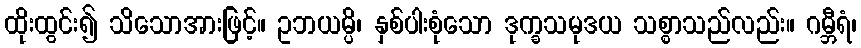
ထိုးထွင်း၍ သိသောအားဖြင့်။ ဥဘယမ္ပိ၊ နှစ်ပါးစုံသော ဒုက္ခသမုဒယ သစ္စာသည်လည်း။ ဂမ္ဘီရံ၊